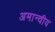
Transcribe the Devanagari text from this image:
अमान्वीय